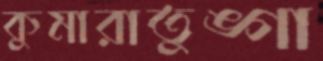
কুমারাতুঙ্গা